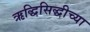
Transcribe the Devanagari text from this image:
ऋद्धिसिद्धीच्या